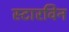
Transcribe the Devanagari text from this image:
स्टारविन